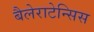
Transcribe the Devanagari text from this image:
बैलेराटेन्सिस